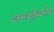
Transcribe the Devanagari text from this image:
नागर्जुनघोंडा